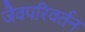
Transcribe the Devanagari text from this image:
जैवपरिवर्तन